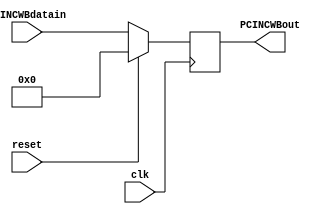
module pcIncWB (
    input wire clk,           // Seal de reloj
    input wire reset,         // Seal de reinicio
    input wire [31:0] PCINCWBdatain, // Entrada de datos
    output reg [31:0] PCINCWBout
);

always @(negedge clk) begin
    if (reset == 1) begin
        PCINCWBout <= 32'b00000000000000000000000000000000;
    end
    else begin
        PCINCWBout <= PCINCWBdatain;
    end
end

endmodule